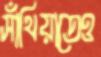
সাঁথিয়াতেও